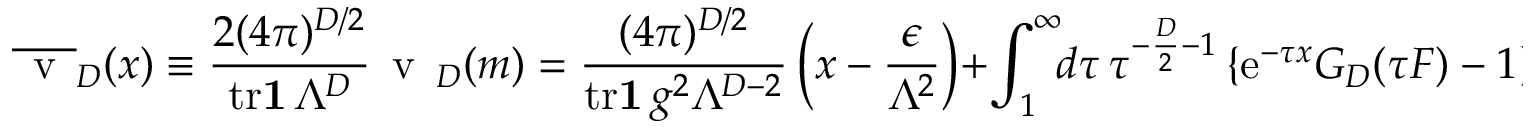
\overline { { { \mathrm { \Large ~ v ~ } } } } _ { D } ( x ) \equiv { \frac { 2 ( 4 \pi ) ^ { D / 2 } } { { \mathrm { t r } } { \bf 1 } \, \Lambda ^ { D } } } { \mathrm { \Large ~ v ~ } } _ { D } ( m ) = { \frac { ( 4 \pi ) ^ { D / 2 } } { { \mathrm { t r } } { \bf 1 } \, g ^ { 2 } \Lambda ^ { D - 2 } } } \left( x - { \frac { \epsilon } { \Lambda ^ { 2 } } } \right) + \int _ { 1 } ^ { \infty } \! \! d \tau \, \tau ^ { - { \frac { D } { 2 } } - 1 } \left\{ { \mathrm e } ^ { - \tau x } G _ { D } ( \tau { \cal F } ) - 1 \right\} \ .